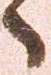
へ